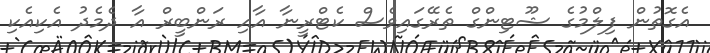
އެގޮތުން ފިލްމުގެ ޝޫޓިންގް ތެރޭގައިވެސް ކެޓްރީނާ އާއި ރަންބީރް އާ ދެމެދު އެކިއެކި